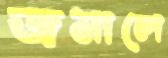
জমালে